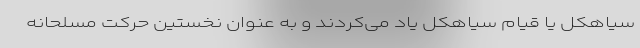
سیاهکل یا قیام سیاهکل یاد می‌کردند و به عنوان نخستین حرکت مسلحانه